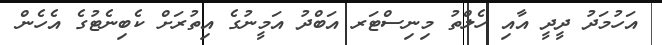
އަހުމަދު ދީދީ އާއި ހެލްތު މިނިސްޓަރ އަބްދު އަމީނުގެ އިތުރަށް ކެބިނެޓުގެ އެހެން